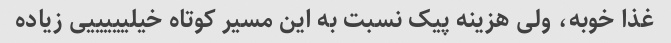
غذا خوبه، ولی هزینه پیک نسبت به این مسیر کوتاه خیلیییییی زیاده